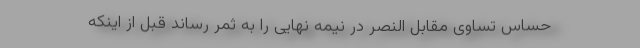
حساس تساوی مقابل النصر در نیمه نهایی را به ثمر رساند قبل از اینکه